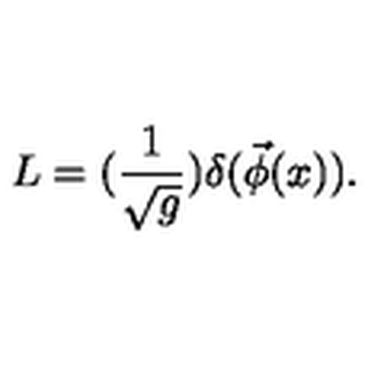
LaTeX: L = ( \frac 1 { \sqrt { g } } ) \delta ( \vec { \phi } ( x ) ) .